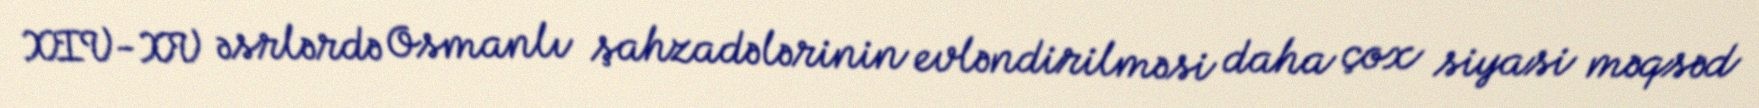
XIV-XV əsrlərdə Osmanlı şahzadələrinin evləndirilməsi daha çox siyasi məqsəd